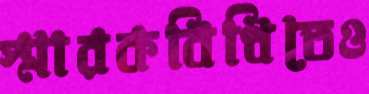
স্মারকবিধিতেও